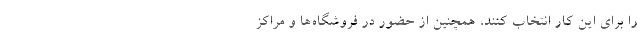
را برای این کار انتخاب کنند، همچنین از حضور در فروشگاه‌ها و مراکز